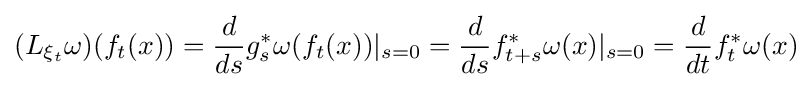
(L_{\xi _{t}}\omega )(f_{t}(x))={\frac {d}{ds}}g_{s}^{*}\omega (f_{t}(x))|_{s=0}={\frac {d}{ds}}f_{t+s}^{*}\omega (x)|_{s=0}={\frac {d}{dt}}f_{t}^{*}\omega (x)